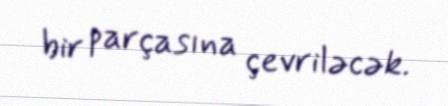
bir parçasına çevriləcək.